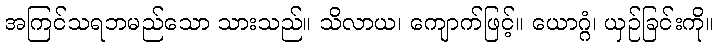
အကြင်သရဘမည်သော သားသည်။ သိလာယ၊ ကျောက်ဖြင့်။ ယောဂ္ဂံ၊ ယှဉ်ခြင်းကို။